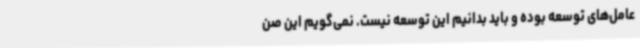
عامل‌های توسعه بوده و باید بدانیم این توسعه نیست. نمی‌گویم این صن